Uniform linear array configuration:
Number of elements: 64
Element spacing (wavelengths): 0.25
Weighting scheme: hann
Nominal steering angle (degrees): -45
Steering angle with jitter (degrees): -44.668
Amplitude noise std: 0.05
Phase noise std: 0.05

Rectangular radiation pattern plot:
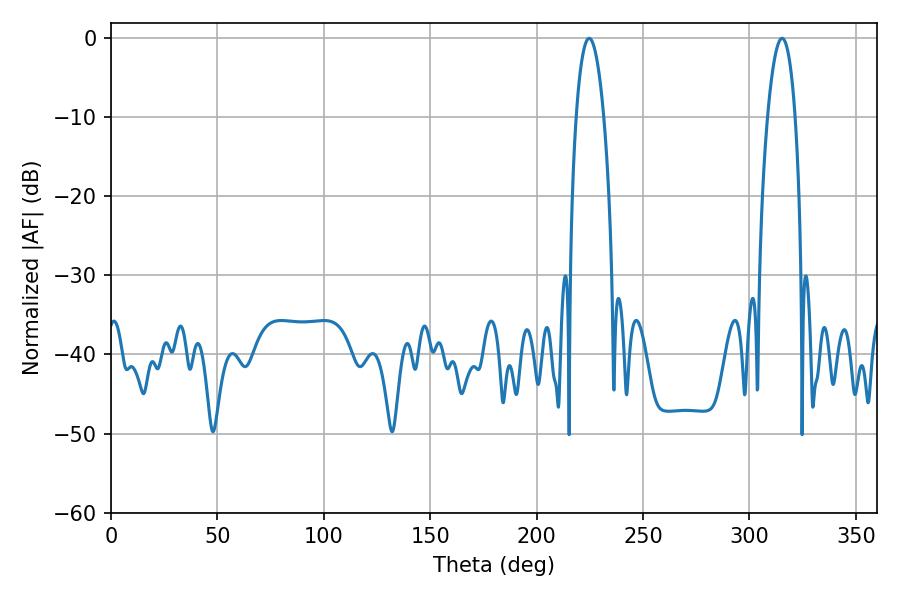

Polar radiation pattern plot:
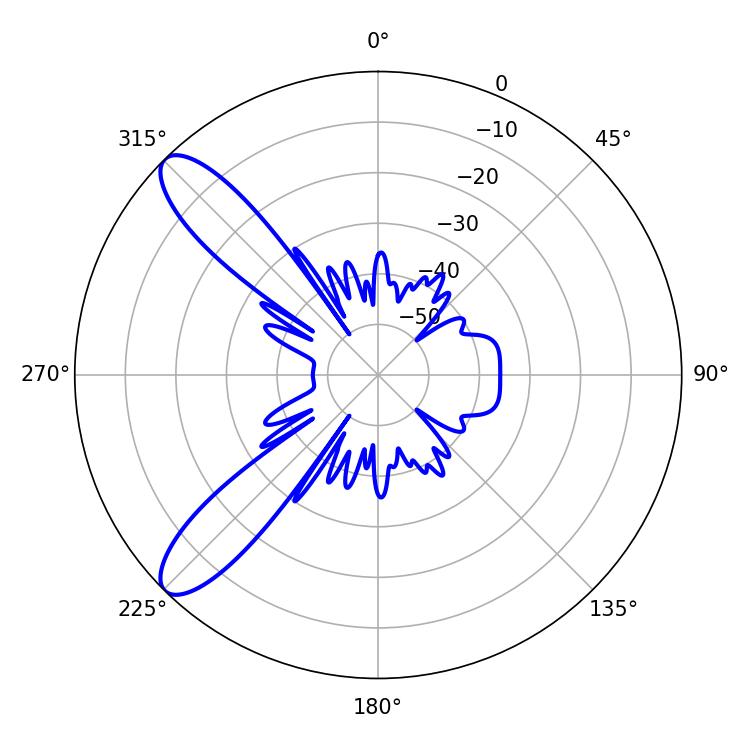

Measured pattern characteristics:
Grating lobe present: FALSE
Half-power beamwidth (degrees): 7.2
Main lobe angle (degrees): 224.64